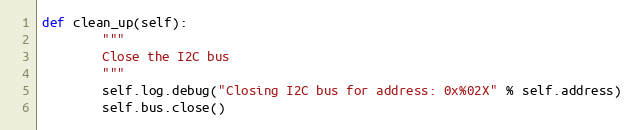
Language: Python
def clean_up(self):
        """
        Close the I2C bus
        """
        self.log.debug("Closing I2C bus for address: 0x%02X" % self.address)
        self.bus.close()